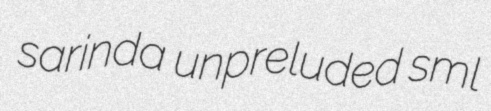
sarinda unpreluded sml